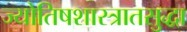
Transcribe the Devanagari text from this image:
ज्योतिषशास्त्रातसुद्धा